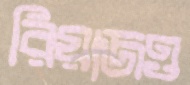
রিয়াজও